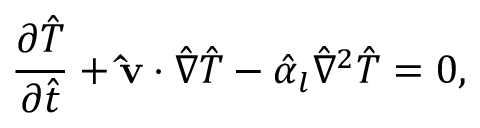
\frac { \partial \hat { T } } { \partial \hat { t } } + \mathbf { \hat { v } } \cdot \hat { \nabla } \hat { T } - \hat { \alpha } _ { l } \hat { \nabla } ^ { 2 } \hat { T } = 0 ,